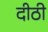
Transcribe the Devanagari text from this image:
दीठी